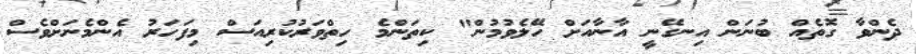
ދެންވާ ގޮތެއް ބުނަން އިނގޭނީ އާނާއަށް ހޭލެވުމުން" ކިތަންމެ ހިތްވަރުކުރިއަސް މިފަހަރު އެންމެނަށްވެސް